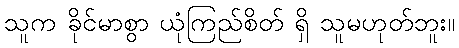
သူက ခိုင်မာစွာ ယုံကြည်စိတ် ရှိ သူမဟုတ်ဘူး။